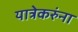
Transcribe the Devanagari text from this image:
यात्रेकरुंना